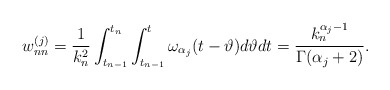
\begin{align*} w_{nn}^{(j)} = \frac{1}{k_n^2}\int_{t_{n-1}}^{t_n}\int_{t_{n-1}}^{t}\omega_{\alpha_j}(t-\vartheta) d\vartheta dt = \frac{k_n^{\alpha_j-1}}{\Gamma(\alpha_j+2)}. \end{align*}